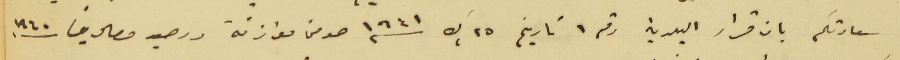
سعادتكم بان قرار البلدية رقم ١ تاريخ ٢٥ ك٢ سنة ١٩٤١ هو من موازنة ورصيد مصاريف سنه ١٩٤٠